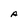
Character: A